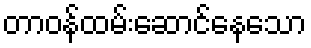
တာဝန်ထမ်းဆောင်နေသော